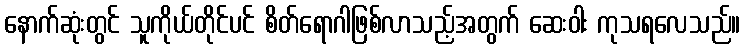
နောက်ဆုံးတွင် သူကိုယ်တိုင်ပင် စိတ်ရောဂါဖြစ်လာသည့်အတွက် ဆေးဝါး ကုသရလေသည်။